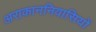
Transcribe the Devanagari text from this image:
अराकाननिवासियों